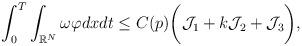
LaTeX: \begin{align*}&\int_0^T\int_{\mathbb{R}^{N}} \omega\varphi dx dt\leq C(p)\biggr(\mathcal{J}_1+k\mathcal{J}_2+\mathcal{J}_3\biggr),\end{align*}